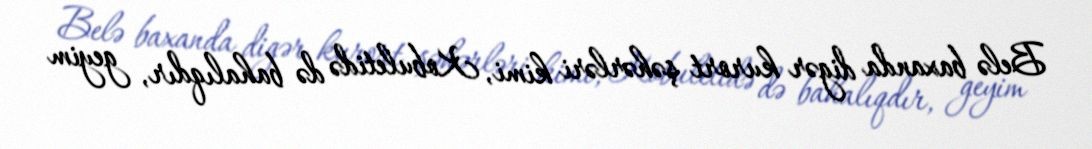
Belə baxanda digər kurort şəhərləri kimi, Kobuletidə də bahalıqdır, geyim